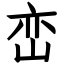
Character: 峦